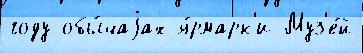
году обы́чаjах я́рмарк'и Муз'е́й